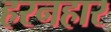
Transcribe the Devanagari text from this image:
हरनहार